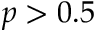
p > 0 . 5